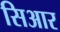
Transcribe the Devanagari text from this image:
सिआर